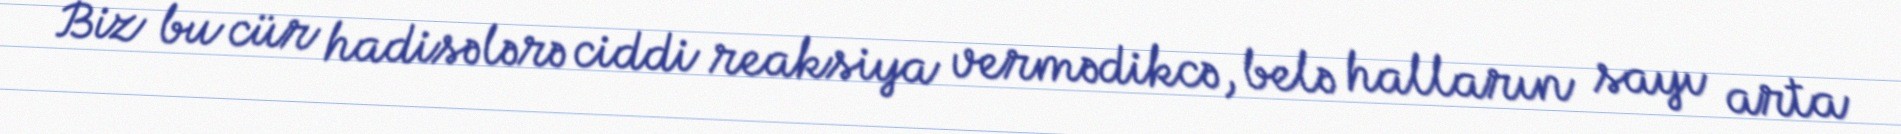
Biz bu cür hadisələrə ciddi reaksiya vermədikcə, belə halların sayı arta